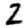
Digit: 2